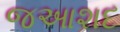
જઆશદ